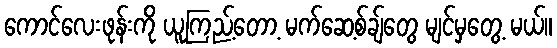
ကောင်လေးဖုန်းကို ယူကြည့်တော့ မက်ဆေ့စ်ချ်တွေ မျင်မှတွေ့ မယ်။